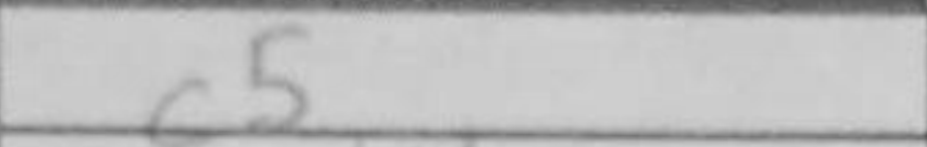
Transcription: c5